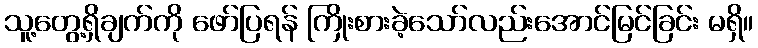
သူ့တွေ့ရှိချက်ကို ဖော်ပြရန် ကြိုးစားခဲ့သော်လည်းအောင်မြင်ခြင်း မရှိ။